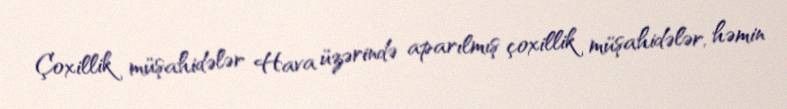
Çoxillik müşahidələr Hava üzərində aparılmış çoxillik müşahidələr, həmin